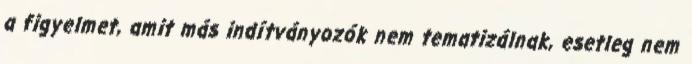
a figyelmet, amit más indítványozók nem tematizálnak, esetleg nem